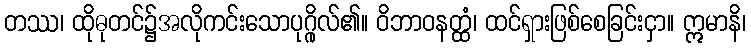
တဿ၊ ထိုဓုတင်၌အလိုကင်းသောပုဂ္ဂိုလ်၏။ ဝိဘာဝနတ္ထံ၊ ထင်ရှားဖြစ်စေခြင်းငှာ။ ဣမာနိ၊